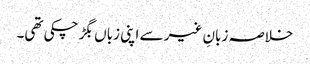
خلاصہ زبانِ غیر سے اپنی زباں بگڑ چکی تھی۔